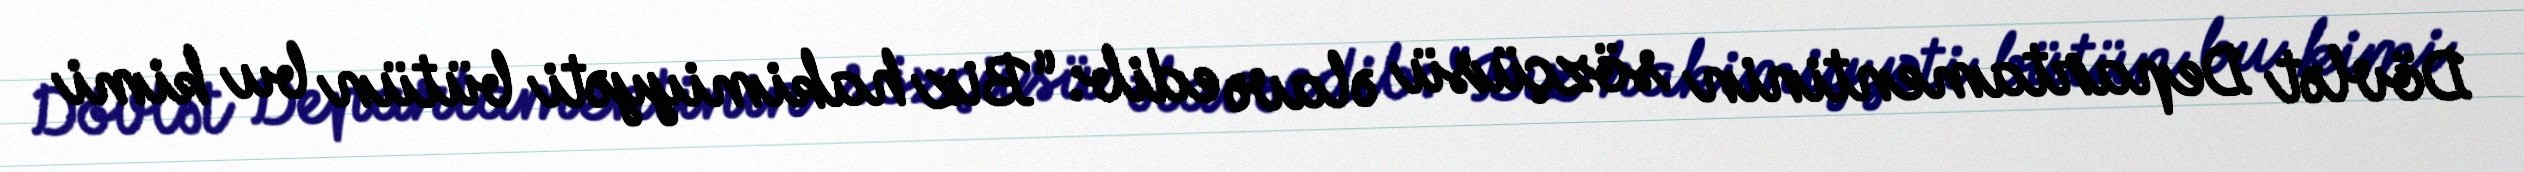
Dövlət Departamentinin sözçüsü əlavə edib: “Biz hakimiyyəti bütün bu kimi